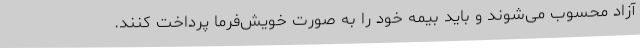
آزاد محسوب می‌شوند و باید بیمه خود را به صورت خویش‌فرما پرداخت کنند.